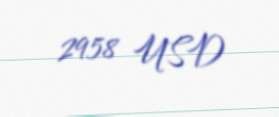
2958 USD